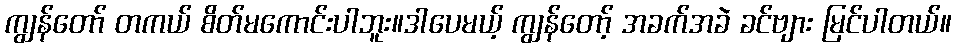
ကျွန်တော် တကယ် စိတ်မကောင်းပါဘူး။ဒါပေမယ့် ကျွန်တော့် အခက်အခဲ ခင်ဗျား မြင်ပါတယ်။